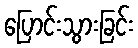
ပြောင်းသွားခြင်း